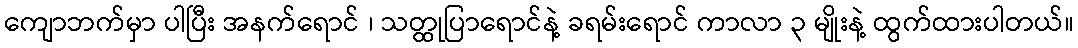
ကျောဘက်မှာ ပါပြီး အနက်ရောင် ၊ သတ္ထုပြာရောင်နဲ့ ခရမ်းရောင် ကာလာ ၃ မျိုးနဲ့ ထွက်ထားပါတယ်။